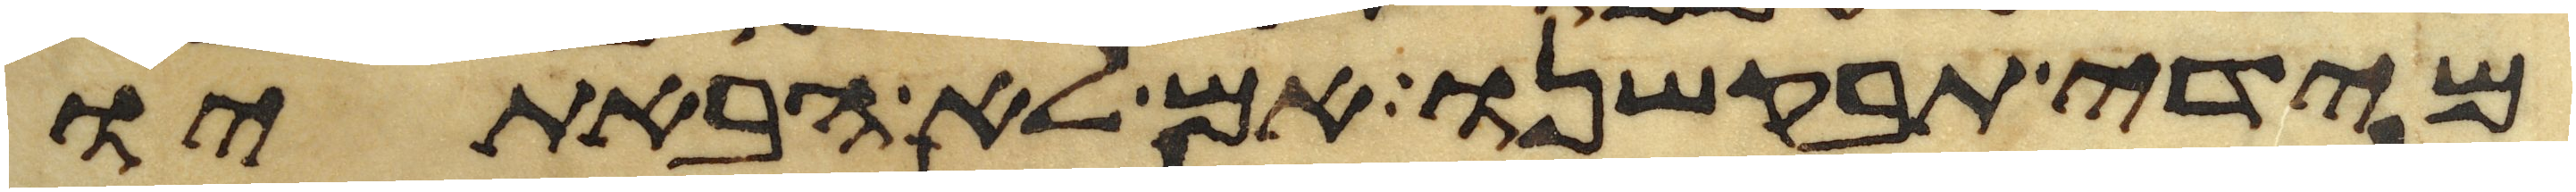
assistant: מידי תבקשנו אם לא הבאתיו